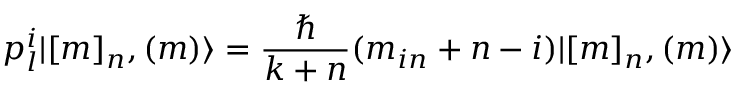
p _ { l } ^ { i } | [ m ] _ { n } , ( m ) \rangle = \frac { \hbar } { k + n } ( m _ { i n } + n - i ) | [ m ] _ { n } , ( m ) \rangle